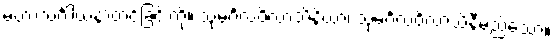
မဟာသင်္ဂါယနာတင်ခြင်းကို။ သုမင်္ဂလဝိလာသိနိယာ၊ သုမင်္ဂလဝိလာသိနီမည်သော။